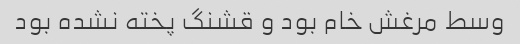
وسط مرغش خام بود و قشنگ پخته نشده بود